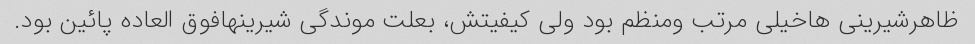
ظاهرشیرینی هاخیلی مرتب ومنظم بود ولی کیفیتش، بعلت موندگی شیرینهافوق العاده پائین بود.